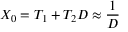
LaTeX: X _ { 0 } = T _ { 1 } + T _ { 2 } D \approx { \frac { 1 } { D } }